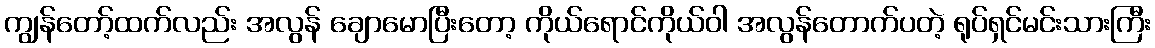
ကျွန်တော့်ထက်လည်း အလွန် ချောမောပြီးတော့ ကိုယ်ရောင်ကိုယ်ဝါ အလွန်တောက်ပတဲ့ ရုပ်ရှင်မင်းသားကြီး